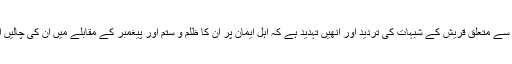
دونوں سورتوں کا موضوع قیامت سے متعلق قریش کے شبہات کی تردید اور اُنھیں تہدید ہے کہ اہل ایمان پر اُن کا ظلم و ستم اور پیغمبر کے مقابلے میں اُن کی چالیں اب اپنے انجام تک پہنچنے کو ہیں۔